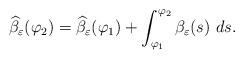
LaTeX: \begin{align*} \widehat{\beta}_{\varepsilon}(\varphi_2) = \widehat{\beta}_{\varepsilon}(\varphi_1) + \int_{\varphi_1}^{\varphi_2} \beta_{\varepsilon}(s) \ ds.\end{align*}